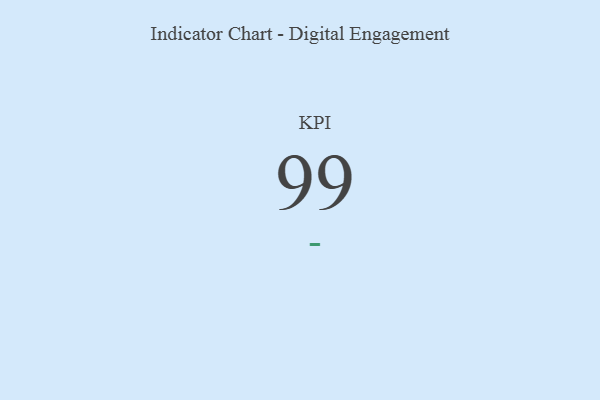
{"axis": {"x": "KPI", "y": "Value"}, "legend": [""], "data": [{"x": "KPI", "y": 99, "type": ""}]}